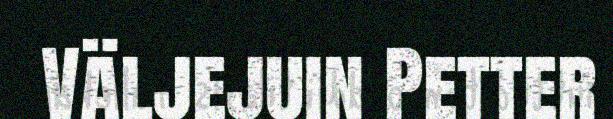
Väljejuin Petter